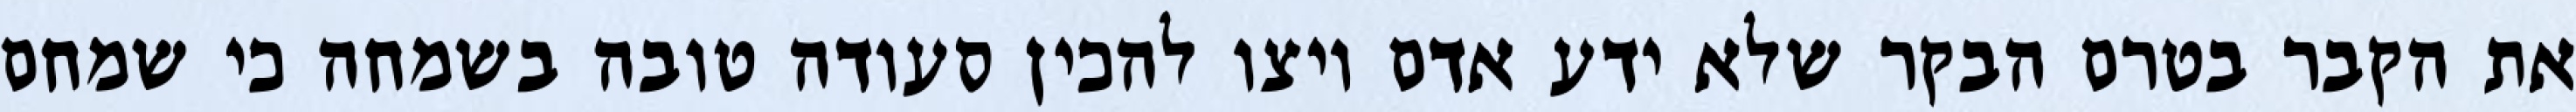
את הקבר בטרם הבקר שלא ידע אדם ויצו להכין סעודה טובה בשמחה כי שמחם